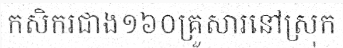
កសិករជាង១៦០គ្រួសារនៅស្រុក